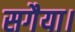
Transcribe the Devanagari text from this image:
सगैया।